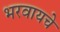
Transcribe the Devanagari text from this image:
भरवायचे